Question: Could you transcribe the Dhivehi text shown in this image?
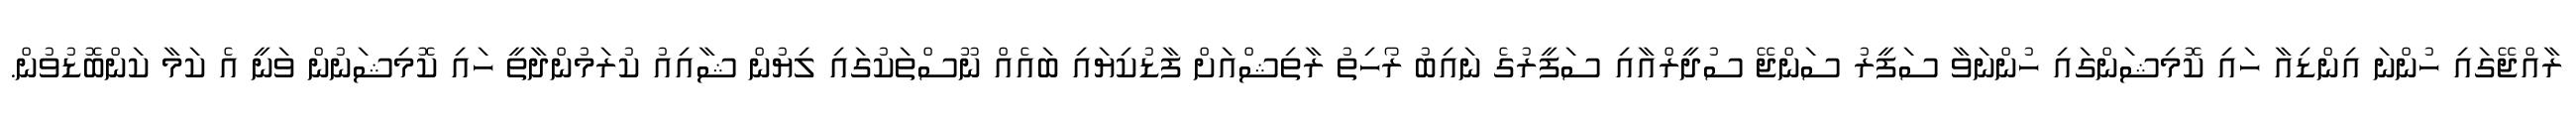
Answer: ރާއްޖޭގައި ހުންނަ އިންޑިއާ ހައި ކޮމިޝަންގައި ހުންނަވާ ސަފީރު ސަންޖޭ ސުދީރްއާއި ސަފީރުގެ ނައިބު ރޯހިތު ރާތިޝްއަށް ފާޑުކިޔައި ބައެއް ނޫސްތަކުގައި ލިޔުން ޝާއިއު ކުރަމުންދާތީ ހައި ކޮމިޝަނުން ވަނީ އެ ކަމާ ކަންބޮޑުވުން.